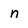
Character: n